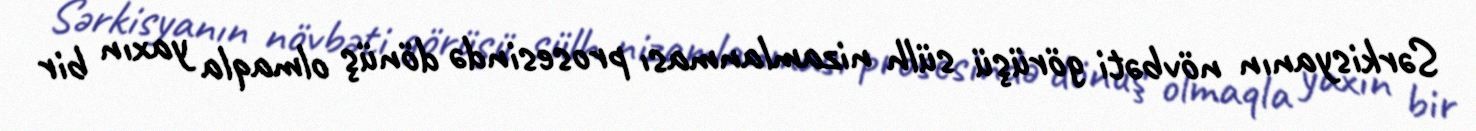
Sərkisyanın növbəti görüşü sülh nizamlanması prosesində dönüş olmaqla yaxın bir